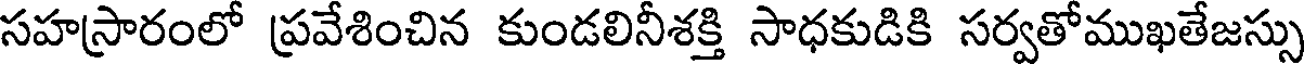
సహస్రారంలో ప్రవేశించిన కుండలినీశక్తి సాధకుడికి సర్వతోముఖతేజస్సు